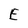
Character: E